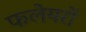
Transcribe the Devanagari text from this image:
फलेयरों